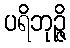
ပရိဘုဉ္ဇိ